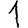
Digit: 1